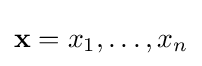
\mathbf {x} =x_{1},\dots ,x_{n}